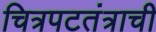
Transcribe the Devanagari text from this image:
चित्रपटतंत्राची